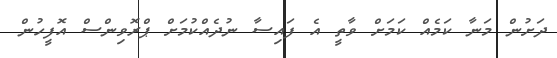
ދަށުން މަނާ ކަމެއް ކަމަށް ވާތީ އެ ފައިސާ ނުދެއްކުމަށް ޕްރޮވިންސް އޮފީހުން